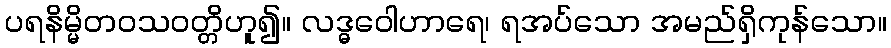
ပရနိမ္မိတဝသဝတ္တိဟူ၍။ လဒ္ဓဝေါဟာရေ၊ ရအပ်သော အမည်ရှိကုန်သော။